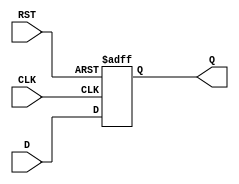
module d_ff_posedge (
    input D,
    input CLK,
    input RST,
    output reg Q
);

always @(posedge CLK or posedge RST) begin
    if (RST) begin
        Q <= 1'b0; // Reset to 0
    end else begin
        Q <= D; // Transfer D input to Q output on positive clock edge
    end
end

endmodule